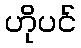
ဟိုပင်